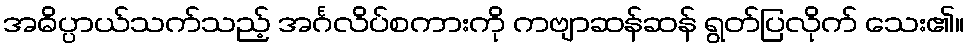
အဓိပ္ပာယ်သက်သည့် အင်္ဂလိပ်စကားကို ကဗျာဆန်ဆန် ရွတ်ပြလိုက် သေး၏။